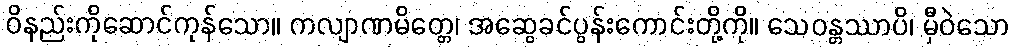
ဝိနည်းကိုဆောင်ကုန်သော။ ကလျာဏမိတ္တေ၊ အဆွေခင်ပွန်းကောင်းတို့ကို။ သေဝန္တဿာပိ၊ မှီဝဲသော